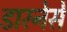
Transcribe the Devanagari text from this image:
डारनेसे